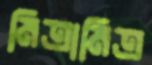
মিত্রামিত্র